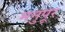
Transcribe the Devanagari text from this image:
मनुपूर